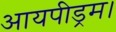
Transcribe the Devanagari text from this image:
आयपीड्रम।